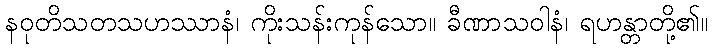
နဝုတိသတသဟဿာနံ၊ ကိုးသန်းကုန်သော။ ခီဏာသဝါနံ၊ ရဟန္တာတို့၏။